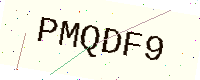
Text: PMQDF9